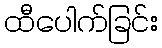
ထီပေါက်ခြင်း